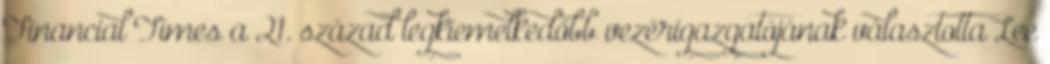
Financial Times a 21. század legkiemelkedőbb vezérigazgatójának választotta Lee